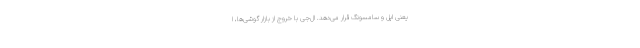
یعنی اپل و سامسونگ قرار می‌دهد. ال‌جی با خروج از بازار گوشی‌ها، ا